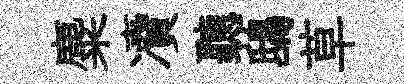
麋凟聽鴟草